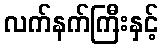
လက်နက်ကြီးနှင့်